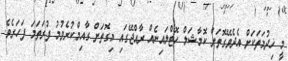
މީ ޚިދުމަތަކަށް އެދެވޭގޮތަށް ކޮމާޝަލް ހޮޓްލައިނެއް ރާއްޖޭގައި މިގޮތަށް ގާއިމްކުރެވުމު ފުރަތަމަ ފަހަރެވެ.